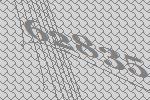
62835